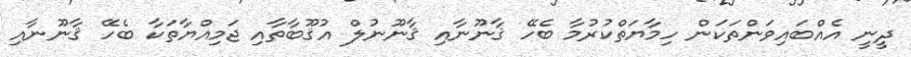
ދީނީ އެއްބައިވަންތަކަން ހިމާޔަތްކުރުމާ ބެހޭ ޤާނޫނާއި ޤާނޫނުލް އުޤޫބާތާއި ޖަމިއްޔާތަކާ ބެހޭ ޤާނޫނާއި